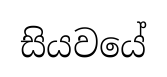
සියවයේ